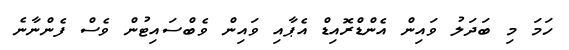
ހަމަ މި ބަދަލު ވައިން އެންޑްރޮއިޑް އެޕާއި ވައިން ވެބްސައިޓުން ވެސް ފެންނާނެ